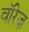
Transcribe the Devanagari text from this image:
वॉरेज़